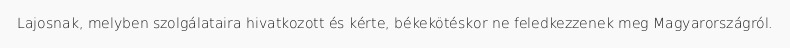
Lajosnak, melyben szolgálataira hivatkozott és kérte, békekötéskor ne feledkezzenek meg Magyarországról.